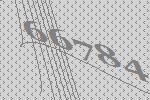
66784